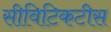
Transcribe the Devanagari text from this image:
सीविटिकटीस